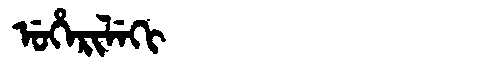
Manchu: ᡠᡥᡝᡵᡳᠯᡝᡴᡳ
Romanization: UHERILEKI